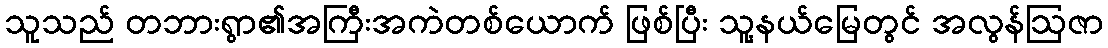
သူသည် တဘားရွာ၏အကြီးအကဲတစ်ယောက် ဖြစ်ပြီး သူ့နယ်မြေတွင် အလွန်ဩဇာ